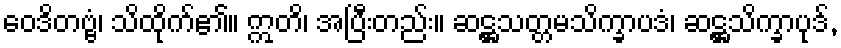
ဝေဒိတဗ္ဗံ၊ သိထိုက်၏။ ဣတိ၊ အပြီးတည်း။ ဆဋ္ဌသတ္တမသိက္ခာပဒံ၊ ဆဋ္ဌသိက္ခာပုဒ်,